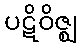
ပဋိဝိဇ္ဈ